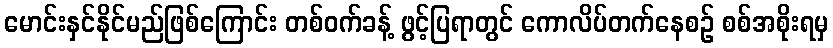
မောင်းနှင်နိုင်မည်ဖြစ်ကြောင်း တစ်ဝက်ခန့် ဖွင့်ပြရာတွင် ကောလိပ်တက်နေစဉ် စစ်အစိုးရမှ